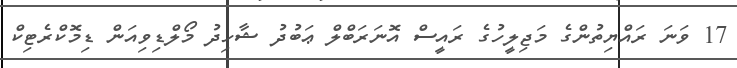
17 ވަނަ ރައްޔިތުންގެ މަޖިލީހުގެ ރައީސް އޮނަރަބްލް ޢަބުދު ޝާހިދު މޯލްޑިވިއަން ޑިމޮކްރެޓިކް